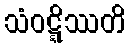
သံဝဋ္ဋိဿတိ